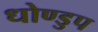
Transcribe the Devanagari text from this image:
धोण्डुप